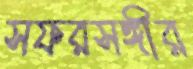
সফরসঙ্গীর